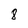
Character: 8